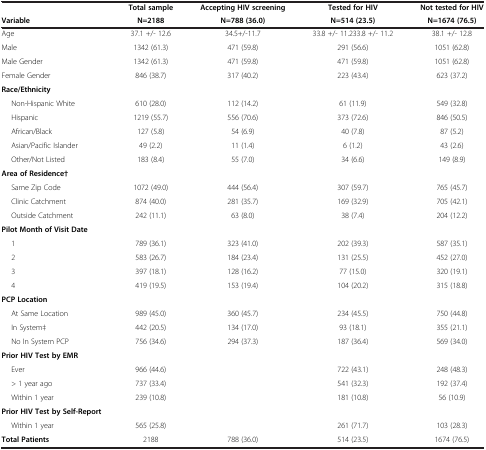
<table><thead><tr><td><b> </b></td><td><b>Total sample</b></td><td><b>Accepting HIV screening</b></td><td><b>Tested for HIV</b></td><td><b>Not tested for HIV</b></td></tr><tr><td><b>Variable</b></td><td><b>N=2188</b></td><td><b>N=788 (36.0)</b></td><td><b>N=514 (23.5)</b></td><td><b>N=1674 (76.5)</b></td></tr></thead><tbody><tr><td>Age</td><td>37.1 +/- 12.6</td><td>34.5+/-11.7</td><td>33.8 +/- 11.233.8 +/- 11.2</td><td>38.1 +/- 12.8</td></tr><tr><td>Male</td><td>1342 (61.3)</td><td>471 (59.8)</td><td>291 (56.6)</td><td>1051 (62.8)</td></tr><tr><td>Male Gender</td><td>1342 (61.3)</td><td>471 (59.8)</td><td>471 (59.8)</td><td>1051 (62.8)</td></tr><tr><td>Female Gender</td><td>846 (38.7)</td><td>317 (40.2)</td><td>223 (43.4)</td><td>623 (37.2)</td></tr><tr><td><b>Race/Ethnicity</b></td><td> </td><td> </td><td> </td><td> </td></tr><tr><td>Non-Hispanic White</td><td>610 (28.0)</td><td>112 (14.2)</td><td>61 (11.9)</td><td>549 (32.8)</td></tr><tr><td>Hispanic</td><td>1219 (55.7)</td><td>556 (70.6)</td><td>373 (72.6)</td><td>846 (50.5)</td></tr><tr><td>African/Black</td><td>127 (5.8)</td><td>54 (6.9)</td><td>40 (7.8)</td><td>87 (5.2)</td></tr><tr><td>Asian/Pacific Islander</td><td>49 (2.2)</td><td>11 (1.4)</td><td>6 (1.2)</td><td>43 (2.6)</td></tr><tr><td>Other/Not Listed</td><td>183 (8.4)</td><td>55 (7.0)</td><td>34 (6.6)</td><td>149 (8.9)</td></tr><tr><td><b>Area of Residence†</b></td><td> </td><td> </td><td> </td><td> </td></tr><tr><td>Same Zip Code</td><td>1072 (49.0)</td><td>444 (56.4)</td><td>307 (59.7)</td><td>765 (45.7)</td></tr><tr><td>Clinic Catchment</td><td>874 (40.0)</td><td>281 (35.7)</td><td>169 (32.9)</td><td>705 (42.1)</td></tr><tr><td>Outside Catchment</td><td>242 (11.1)</td><td>63 (8.0)</td><td>38 (7.4)</td><td>204 (12.2)</td></tr><tr><td><b>Pilot Month of Visit Date</b></td><td> </td><td> </td><td> </td><td> </td></tr><tr><td>1</td><td>789 (36.1)</td><td>323 (41.0)</td><td>202 (39.3)</td><td>587 (35.1)</td></tr><tr><td>2</td><td>583 (26.7)</td><td>184 (23.4)</td><td>131 (25.5)</td><td>452 (27.0)</td></tr><tr><td>3</td><td>397 (18.1)</td><td>128 (16.2)</td><td>77 (15.0)</td><td>320 (19.1)</td></tr><tr><td>4</td><td>419 (19.5)</td><td>153 (19.4)</td><td>104 (20.2)</td><td>315 (18.8)</td></tr><tr><td><b>PCP Location</b></td><td> </td><td> </td><td> </td><td> </td></tr><tr><td>At Same Location</td><td>989 (45.0)</td><td>360 (45.7)</td><td>234 (45.5)</td><td>750 (44.8)</td></tr><tr><td>In System‡</td><td>442 (20.5)</td><td>134 (17.0)</td><td>93 (18.1)</td><td>355 (21.1)</td></tr><tr><td>No In System PCP</td><td>756 (34.6)</td><td>294 (37.3)</td><td>187 (36.4)</td><td>569 (34.0)</td></tr><tr><td><b>Prior HIV Test by EMR</b></td><td> </td><td> </td><td> </td><td> </td></tr><tr><td>Ever</td><td>966 (44.6)</td><td> </td><td>722 (43.1)</td><td>248 (48.3)</td></tr><tr><td>&gt; 1 year ago</td><td>737 (33.4)</td><td> </td><td>541 (32.3)</td><td>192 (37.4)</td></tr><tr><td>Within 1 year</td><td>239 (10.8)</td><td> </td><td>181 (10.8)</td><td>56 (10.9)</td></tr><tr><td><b>Prior HIV Test by Self-Report</b></td><td> </td><td> </td><td> </td><td> </td></tr><tr><td>Within 1 year</td><td>565 (25.8)</td><td> </td><td>261 (71.7)</td><td>103 (28.3)</td></tr><tr><td><b>Total Patients</b></td><td>2188</td><td>788 (36.0)</td><td>514 (23.5)</td><td>1674 (76.5)</td></tr></tbody></table>